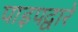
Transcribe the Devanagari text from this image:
पाइपद्वारे